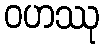
ဝဟဿု